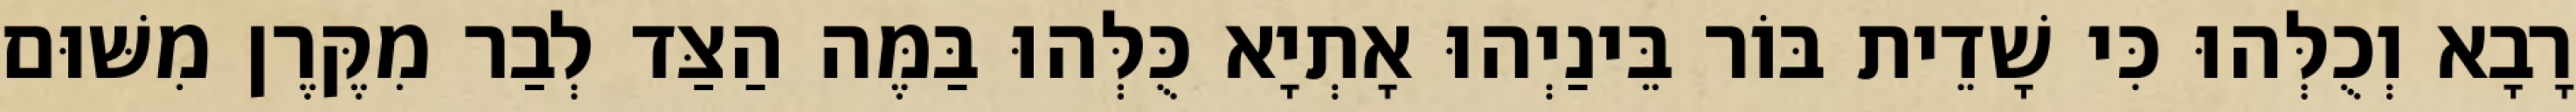
רָבָא וְכֻלְּהוּ כִּי שָׁדֵית בּוֹר בֵּינַיְהוּ אָתְיָא כֻּלְּהוּ בַּמֶּה הַצַּד לְבַר מִקֶּרֶן מִשּׁוּם